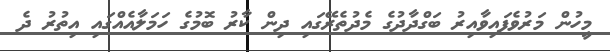
މީހުން މަރުވެފައިވާއިރު ބަގްދާދުގެ މެދުތެރޭގައި ދިން ކާރު ބޮމުގެ ހަމަލާއެއްގައި އިތުރު ދެ